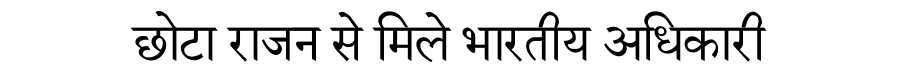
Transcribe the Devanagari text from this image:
छोटा राजन से मिले भारतीय अधिकारी